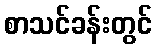
စာသင်ခန်းတွင်